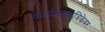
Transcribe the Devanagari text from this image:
कार्यक्रमपत्रिकेवर